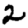
Digit: 2